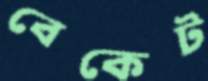
বেকেট